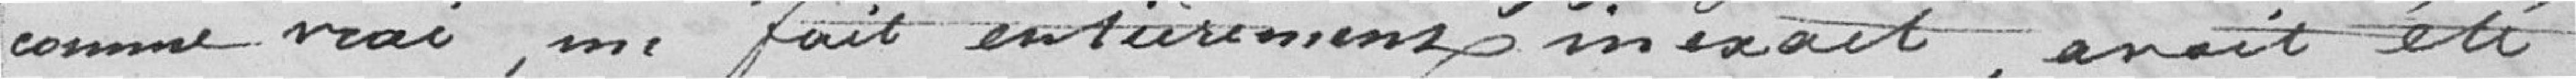
comme vrai, ne fait entièrement inexact, avait été